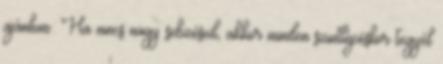
ajánlom: Ha nincs nagy sebzésed, akkor minden szintlépéskor tegyél